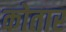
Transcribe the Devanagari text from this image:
कोतार